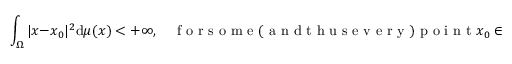
\int _ { \Omega } | x - x _ { 0 } | ^ { 2 } \mathrm { d } \mu ( x ) < + \infty , \quad \mathrm { ~ f ~ o ~ r ~ s ~ o ~ m ~ e ~ ( ~ a ~ n ~ d ~ t ~ h ~ u ~ s ~ e ~ v ~ e ~ r ~ y ~ ) ~ p ~ o ~ i ~ n ~ t ~ } x _ { 0 } \in \Omega .